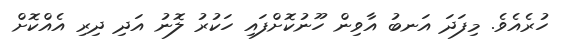
ހުރެއެވެ. މިފަދަ އަނބު އާވިން ހޫނުކޮށްފައި ހަކުރު ލޮނު އަދި ދިރި އެއްކޮށް